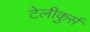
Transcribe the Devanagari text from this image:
टेलीकुर्स